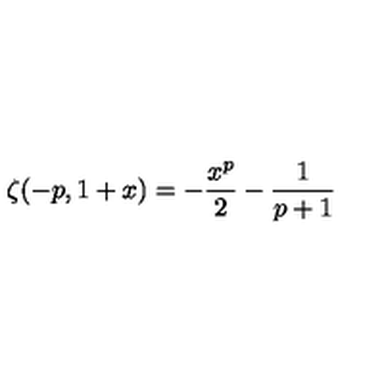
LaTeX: \zeta ( - p , 1 + x ) = - \frac { x ^ { p } } { 2 } - \frac { 1 } { p + 1 }